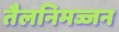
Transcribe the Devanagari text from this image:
तैलनिमज्जन